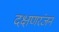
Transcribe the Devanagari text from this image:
दक्षणरंजन